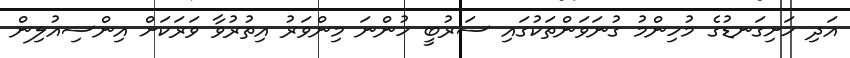
އަދި ހަށިގަނޑުގެ މުހިންމު ގުނަވަންތަކުގައި ސަރުބީ ހުންނަ މިންވަރު އިތުރުވާ ވަރަކަށް އިންސިއުލިން